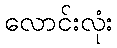
လောင်းလုံး